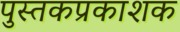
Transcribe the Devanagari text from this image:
पुस्तकप्रकाशक